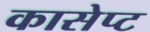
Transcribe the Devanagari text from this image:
कासेप्ट